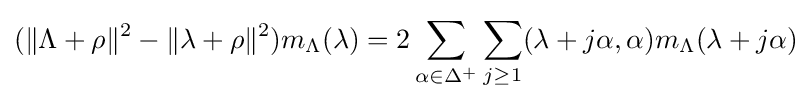
(\|\Lambda +\rho \|^{2}-\|\lambda +\rho \|^{2})m_{\Lambda }(\lambda )=2\sum _{\alpha \in \Delta ^{+}}\sum _{j\geq 1}(\lambda +j\alpha ,\alpha )m_{\Lambda }(\lambda +j\alpha )